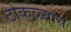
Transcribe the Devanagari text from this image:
ठोकळ्यास